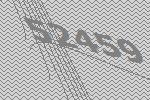
52459